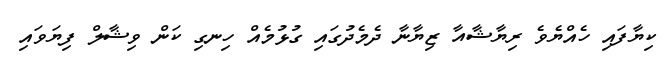
ކިޔާފައި ހެއްޔެވެ ރިޔާޝާއާ ޒިޔާނާ ދެމެދުގައި ގުޅުމެއް ހިނގި ކަން ވިޝާލް ފިޔަވައި